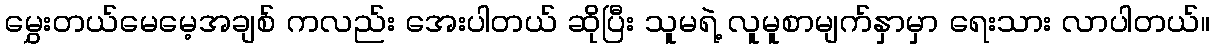
မွှေးတယ်မေမေ့အချစ် ကလည်း အေးပါတယ် ဆိုပြီး သူမရဲ့ လူမူစာမျက်နှာမှာ ရေးသား လာပါတယ်။